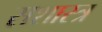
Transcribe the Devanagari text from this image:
सशास्त्र